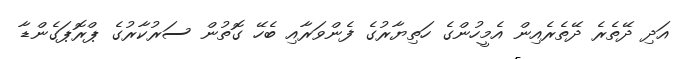
އަދި ދޭތެރެ ދޭތެރެއިން އެމީހުންގެ ހަތިޔާރުގެ ފެންވަރާއި ބެހޭ ގޮތުން ސަރުކާރުގެ ޕްރޮޕަގެންޑާ